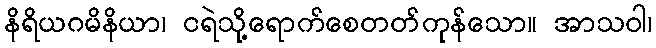
နိရိယဂမိနိယာ၊ ငရဲသို့ရောက်စေတတ်ကုန်သော။ အာသဝါ၊